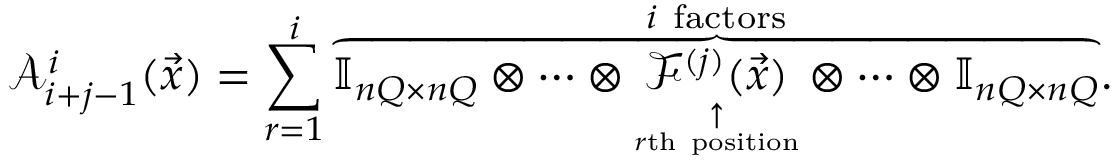
\mathcal A _ { i + j - 1 } ^ { i } ( \vec { x } ) = \sum _ { r = 1 } ^ { i } \overset { i \mathrm { ~ f a c t o r s } } { \overbrace { \ensuremath { \mathbb { I } _ { n Q \times n Q } } \otimes \cdots \otimes \underset { \underset { r \mathrm { t h ~ p o s i t i o n } } { \uparrow } } { \mathcal F ^ { ( j ) } ( \vec { x } ) } \otimes \cdots \otimes \ensuremath { \mathbb { I } _ { n Q \times n Q } } } } .